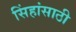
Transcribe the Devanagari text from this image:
सिंहांसाठी